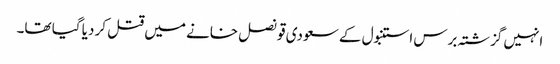
انہیں گزشتہ برس استنبول کے سعودی قونصل خانے میں قتل کر دیا گیا تھا۔